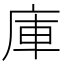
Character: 庫